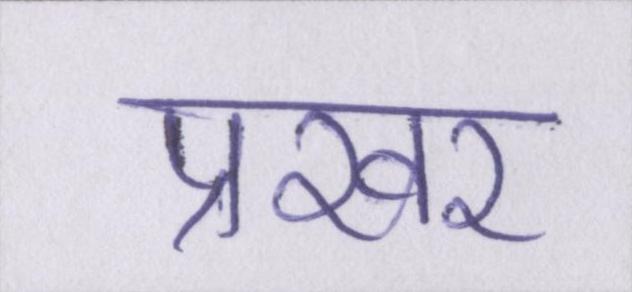
प्रखर